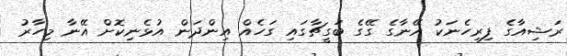
ރަޝިއާގެ ފިރިހެނަކު އޭނާގެ ގޭގެ ބަގީޗާގައި ގަހެއް އިންދަން އުޅެނިކޮށް އޭނާ މިހާރު